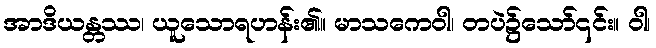
အာဒိယန္တဿ၊ ယူသောရဟန်း၏။ မာသကေဝါ၊ တပဲ၌သော်၎င်း။ ဝါ၊